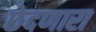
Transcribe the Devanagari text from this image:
छेदणारा